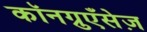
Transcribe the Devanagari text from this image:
कॉनग्रुएँसेज़